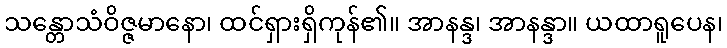
သန္တောသံဝိဇ္ဇမာနော၊ ထင်ရှားရှိကုန်၏။ အာနန္ဒ၊ အာနန္ဒာ။ ယထာရူပေန၊